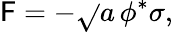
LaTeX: {\cal\mathsf{F}}=-\sqrt{}{{a}}\, \phi^{*}\sigma,